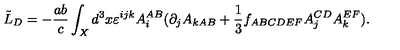
\tilde { L } _ { D } = - { \frac { a b } { c } } \int _ { X } d ^ { 3 } x \varepsilon ^ { i j k } A _ { i } ^ { A B } ( \partial _ { j } A _ { k A B } + { \frac { 1 } { 3 } } f _ { A B C D E F } A _ { j } ^ { C D } A _ { k } ^ { E F } ) .